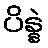
ပိန္နဲ